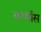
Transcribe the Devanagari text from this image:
दर्ग्यास